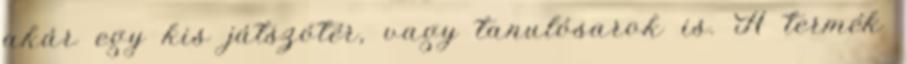
akár egy kis játszótér, vagy tanulósarok is. A termék